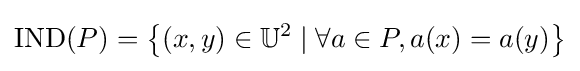
\mathrm {IND} (P)=\left\{(x,y)\in \mathbb {U} ^{2}\mid \forall a\in P,a(x)=a(y)\right\}